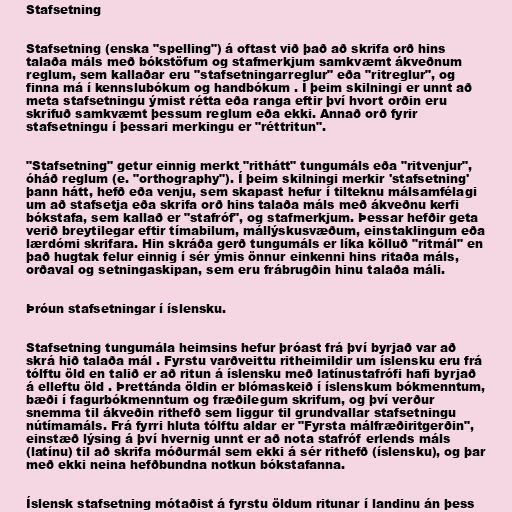
Stafsetning

Stafsetning (enska "spelling") á oftast við það að skrifa orð hins
talaða máls með bókstöfum og stafmerkjum samkvæmt ákveðnum
reglum, sem kallaðar eru "stafsetningarreglur" eða "ritreglur", og
finna má í kennslubókum og handbókum . Í þeim skilningi er unnt að
meta stafsetningu ýmist rétta eða ranga eftir því hvort orðin eru
skrifuð samkvæmt þessum reglum eða ekki. Annað orð fyrir
stafsetningu í þessari merkingu er "réttritun".

"Stafsetning" getur einnig merkt "rithátt" tungumáls eða "ritvenjur",
óháð reglum (e. "orthography"). Í þeim skilningi merkir 'stafsetning'
þann hátt, hefð eða venju, sem skapast hefur í tilteknu málsamfélagi
um að stafsetja eða skrifa orð hins talaða máls með ákveðnu kerfi
bókstafa, sem kallað er "stafróf", og stafmerkjum. Þessar hefðir geta
verið breytilegar eftir tímabilum, mállýskusvæðum, einstaklingum eða
lærdómi skrifara. Hin skráða gerð tungumáls er líka kölluð "ritmál" en
það hugtak felur einnig í sér ýmis önnur einkenni hins ritaða máls,
orðaval og setningaskipan, sem eru frábrugðin hinu talaða máli.

Þróun stafsetningar í íslensku.

Stafsetning tungumála heimsins hefur þróast frá því byrjað var að
skrá hið talaða mál . Fyrstu varðveittu ritheimildir um íslensku eru frá
tólftu öld en talið er að ritun á íslensku með latínustafrófi hafi byrjað
á elleftu öld . Þrettánda öldin er blómaskeið í íslenskum bókmenntum,
bæði í fagurbókmenntum og fræðilegum skrifum, og því verður
snemma til ákveðin rithefð sem liggur til grundvallar stafsetningu
nútímamáls. Frá fyrri hluta tólftu aldar er "Fyrsta málfræðiritgerðin",
einstæð lýsing á því hvernig unnt er að nota stafróf erlends máls
(latínu) til að skrifa móðurmál sem ekki á sér rithefð (íslensku), og þar
með ekki neina hefðbundna notkun bókstafanna.

Íslensk stafsetning mótaðist á fyrstu öldum ritunar í landinu án þess